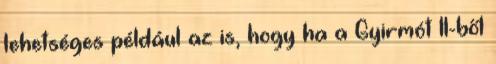
lehetséges például az is, hogy ha a Gyirmót II-ből